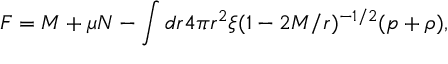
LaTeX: F = M + \mu N - \int d r 4 \pi r ^ { 2 } \xi ( 1 - 2 { \cal { M } } / r ) ^ { - 1 / 2 } ( p + \rho ) ,